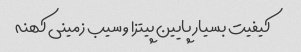
کیفیت بسیار پایین پیتزا و سیب زمینی کهنه